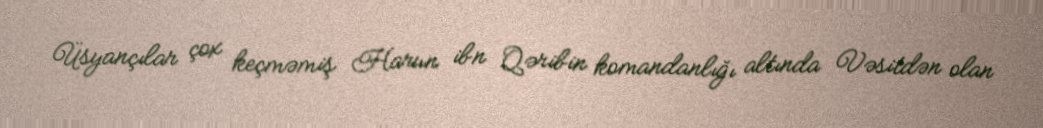
Üsyançılar çox keçməmiş Harun ibn Qəribin komandanlığı altında Vəsitdən olan